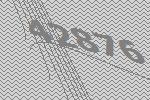
42876